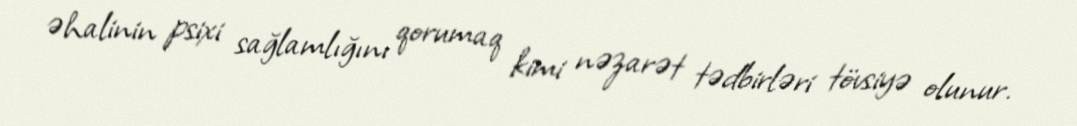
əhalinin psixi sağlamlığını qorumaq kimi nəzarət tədbirləri tövsiyə olunur.